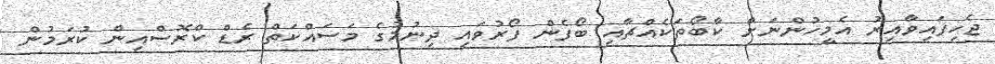
ޖެހިފައިވާއިރު އެމީހުންނަށް ކާބޯތަކެއްޗާއި ބޯފެން ފޯރުވައި ދިނުމުގެ މަސައްކަތް ރެޑް ކްރޮސްއިން ކުރަމުން